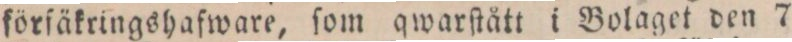
förfäkringshafware, ſom qwarſtått i Bolaget den 7